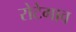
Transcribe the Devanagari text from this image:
रोटेगाव